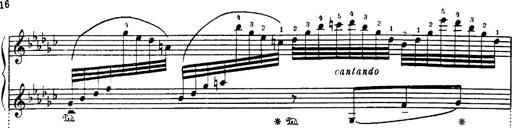
Title: Danza sacra e duetto finale dâ€™Aida
Composer: Franz Liszt